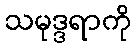
သမုဒ္ဒရာကို